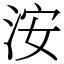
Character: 洝